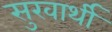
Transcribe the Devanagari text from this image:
सुखार्थी